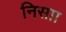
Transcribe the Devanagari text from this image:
निसाा